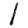
Digit: 1